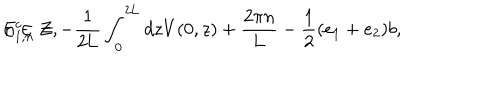
E _ { 1 , n } ^ { c } = - \frac { 1 } { 2 \mathrm { L } } \int _ { 0 } ^ { 2 \mathrm { L } } d z V ( 0 , z ) + \frac { 2 { \pi } n } { \mathrm { L } } - \frac { 1 } { 2 } ( e _ { 1 } + e _ { 2 } ) b , \hspace { 5 m m } n \in \cal Z ,